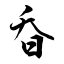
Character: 昋